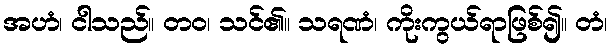
အဟံ၊ ငါသည်။ တဝ၊ သင်၏။ သရဏံ၊ ကိုးကွယ်ရာဖြစ်၍။ တံ၊